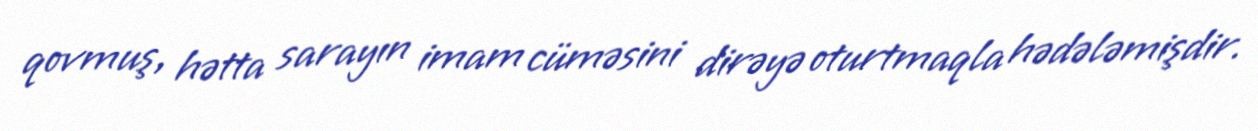
qovmuş, hətta sarayın imam cüməsini dirəyə oturtmaqla hədələmişdir.